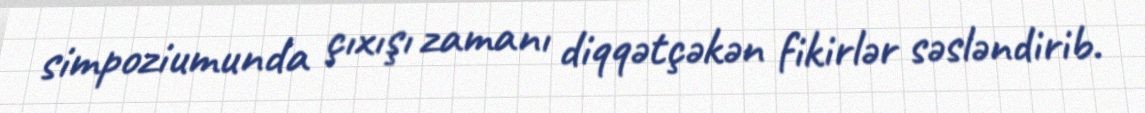
simpoziumunda çıxışı zamanı diqqətçəkən fikirlər səsləndirib.